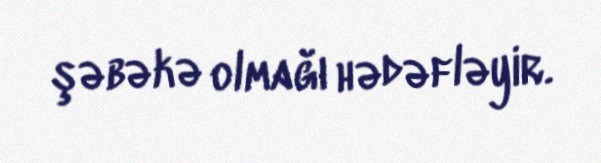
şəbəkə olmağı hədəfləyir.